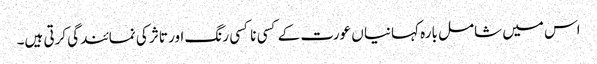
اس میں شامل بارہ کہانیا ں عورت کے کسی نا کسی رنگ اور تاثر کی نمائندگی کرتی ہیں۔